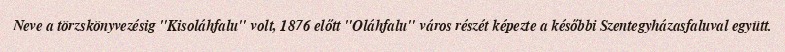
Neve a törzskönyvezésig "Kisoláhfalu" volt, 1876 előtt "Oláhfalu" város részét képezte a későbbi Szentegyházasfaluval együtt.